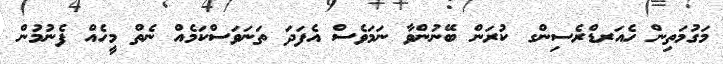
މަގުމަތިން ހެއަރޑްރެސިންގ ކުރަން ބޭނުންވާ ނަމަވެސް އެފަދަ ތަނަވަސްކަމެއް ނެތް މީހެއް ފެނުމުން